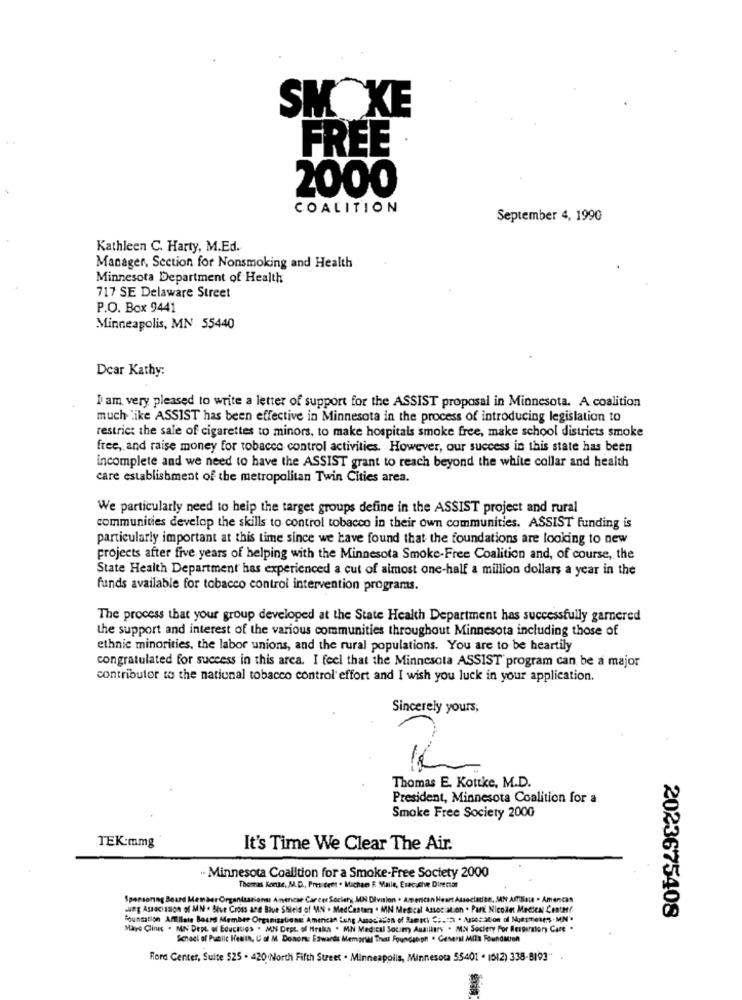
SMOKE
FREE
2000
COALITION
September 4, 1990
Kathleen C. Harty, M.Ed.
Manager, Section for Nonsmoking and Health
Minnesota Department of Health
717 SE Delaware Street
P.O. Box 9441
Minneapolis, MN 55440
Dear Kathy:
I am very pleased to write a letter of support for the ASSIST proposal in Minnesota. A coalition
much like ASSIST has been effective in Minnesota in the process of introducing legislation to
restrict the sale of cigarettes to minors, to make hospitals smoke free, make school districts smoke
free, and raise money for tobacco control activities. However, our success in this state has been
incomplete and we need to have the ASSIST grant to reach beyond the white collar and health
care establishment of the metropolitan Twin Cities area.
We particularly need to help the target groups define in the ASSIST project and rural
communities develop the skills to control tobacco in their own communities. ASSIST funding is
particularly important at this time since we have found that the foundations are looking to new
projects after five years of helping with the Minnesota Smoke-Free Coalition and, of course, the
State Health Department has experienced a cut of almost one-half a million dollars a year in the
funds available for tobacco control intervention programs.
The process that your group developed at the State Health Department has successfully garnered
the support and interest of the various communities throughout Minnesota including those of
ethnic minorities, the labor unions, and the rural populations. You are to be heartily
congratulated for success in this area. I feel that the Minnesota ASSIST' program can be a major
contributor to the national tobacco control effort and I wish you luck in your application.
Sincerely yours,
Thomas E. Kottke, M.D.
President, Minnesota Coalition for a
Smoke Free Society 2000
TEK:mmg
It's Time We Clear The Air.
- Minnesota Coalition for a Smoke-Free Society 2000
Thomas Korte, M.D ., President . Michee E. Maile, Execuche Direnar
Sponsoring Board Member Organizations: Anencar Career Society, MN Division . Amencan Heart Associadite, MAN Amilate . Amencas
Jung Assacission of MN . Blue Cross and Blue Shield of MIN . MedCastan . MN Medical Association . Part Nicole: Medical Center
2023675408
Sounsation Afflilate Board Member Organizations American Long Amocation of Samici C :.= 7 . Aste: Con of Moesmeses . MN"
Mayo Clinic . MIN Dept of Educatigs . MN Dept. of Mrska . MN Medical Socom) Auxillary . MN Sociery For Respiratory Care .
Schadi of Public Health, U of M. Desom: Eswards Memorial That Foundation . General Mils Foundation
Ford Center, Suite 525 . 420 North Fifth Street . Minneapolis, Minnesota 55401 . 1512) 338-8193"